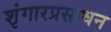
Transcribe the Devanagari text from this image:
शृंगारप्रसाधन